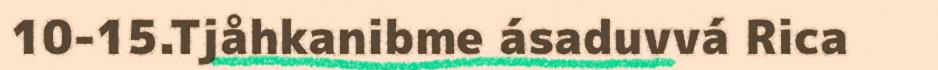
10-15.Tjåhkanibme ásaduvvá Rica